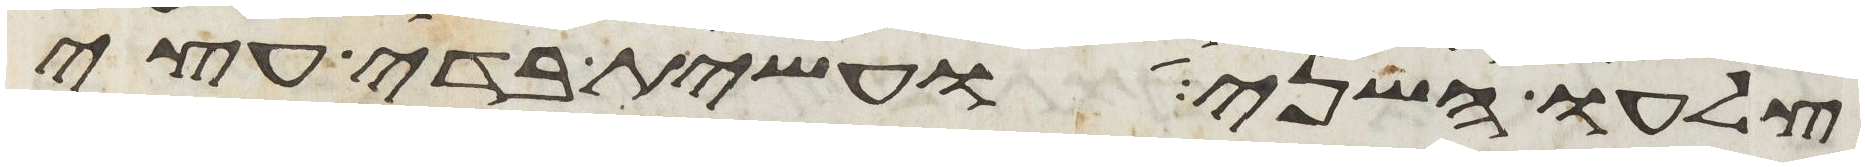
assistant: צלעו השני ועשית בדי עצי